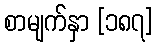
စာမျက်နှာ [၁၈၇]